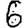
Digit: 6